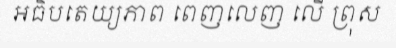
អធិបតេយ្យភាព ពេញលេញ លើ ព្រុស